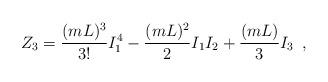
LaTeX: \begin{align*}Z_3 = \frac{(m L)^3}{3!} I_1^4 - \frac{(m L)^2}{2} I_1 I_2 + \frac{(m L)}{3} I_3 \,\,\, ,\end{align*}